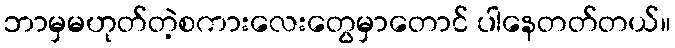
ဘာမှမဟုတ်တဲ့စကားလေးတွေမှာတောင် ပါနေတတ်တယ်။